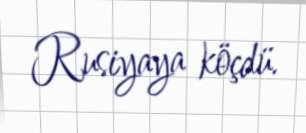
Rusiyaya köçdü.